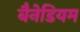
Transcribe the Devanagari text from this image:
बैनेडियम